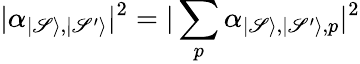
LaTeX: |\alpha_{|\mathscr{S}\rangle,|\mathscr{S}^{\prime}\rangle}|^{2}=|\sum_{p}\alpha_{|\mathscr{S}\rangle,|\mathscr{S}^{\prime}\rangle,p}|^{2}